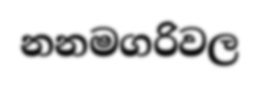
නනමගරිවල